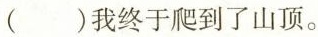
()我终于爬到了山顶。